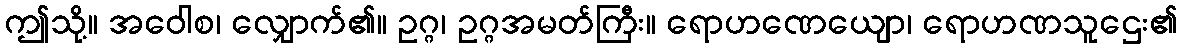
ဤသို့။ အဝေါစ၊ လျှောက်၏။ ဥဂ္ဂ၊ ဥဂ္ဂအမတ်ကြီး။ ရောဟဏေယျော၊ ရောဟဏသူဌေး၏